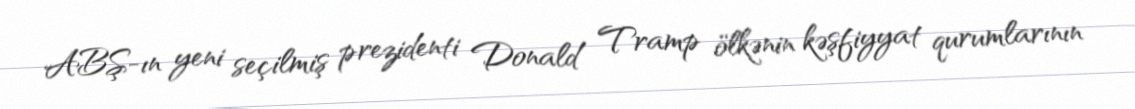
ABŞ-ın yeni seçilmiş prezidenti Donald Tramp ölkənin kəşfiyyat qurumlarının